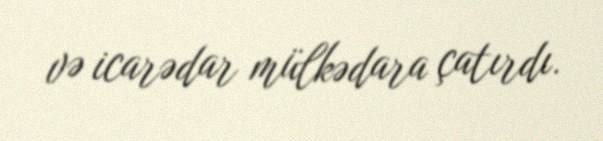
və icarədar mülkədara çatırdı.